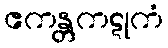
ဧကန္တကဋုကံ